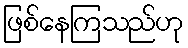
ဖြစ်နေကြသည်ဟု